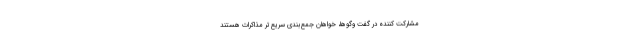
مشارکت کننده در گفت‌ وگوها، خواهان جمع‌بندی سریع‌تر مذاکرات هستند